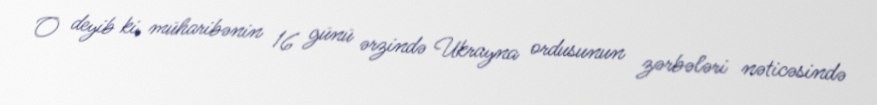
O deyib ki, müharibənin 16 günü ərzində Ukrayna ordusunun zərbələri nəticəsində